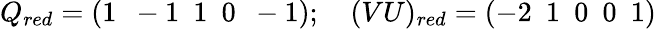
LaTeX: Q_{red}=\left(1~~-1~~1~~0~~-1\right);~~~~(VU)_{red}=\left(-2~~1~~0~~0~~1\right)